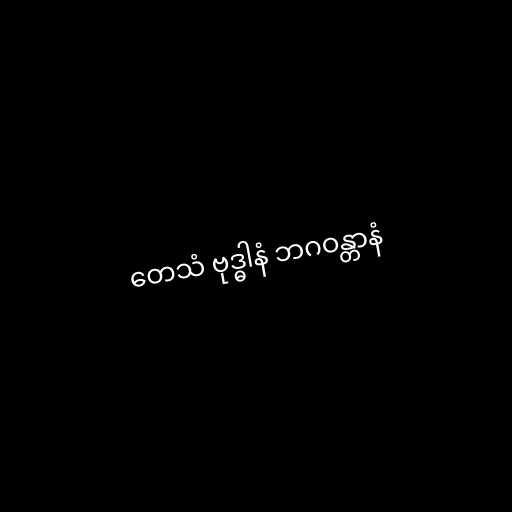
တေသံ ဗုဒ္ဓါနံ ဘဂဝန္တာနံ